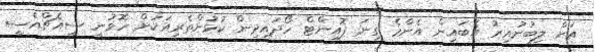
އަށް ލިބުނުއިރު އެބައިން އެންމެ ގިނަ ޕޮއިންޓް ހޯދައިދިން ކުޅުންތެރިއަކަށް ހޮވުނީ ސީއެޗްއެސީ